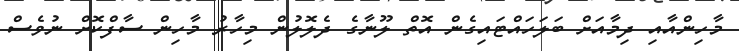
މާހިންއާއި ދިމާއަށް ބަލަހައްޓައިގެން އޮތް ލޫނާގެ ދެލޮލުން މިހާރު މާހިން ސާފްކޮށް ނުވެސް